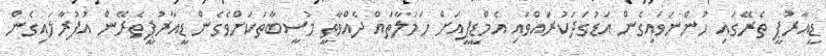
ޑީއާރުޕީ ތެރޭގައި ހުންނަވައިގެން އަޑުގަދަކުރައްވައި އެމްޑީޕީއަށް ހަމަލާތައް ދެއްވާތީ މުސީބާތަކަށްވެގެން ޑީއާރުޕީތެރޭން އުފުރާލައިގެން